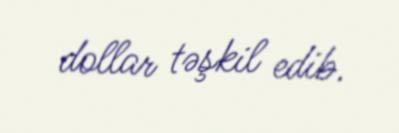
dollar təşkil edib.